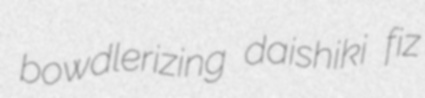
bowdlerizing daishiki fiz